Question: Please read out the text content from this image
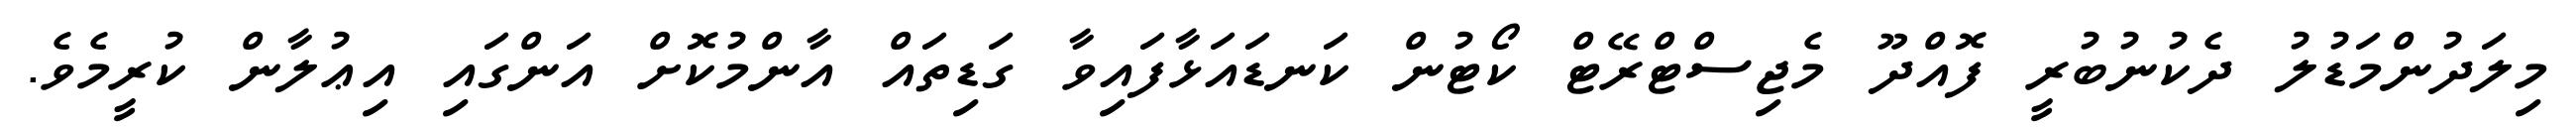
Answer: މިލަދުންމަޑުލު ދެކުނުބުރީ ފޮއްދޫ މެޖިސްޓްރޭޓް ކޯޓުން ކަނޑައަޅާފައިވާ ގަޑިތައް އާންމުކޮށް އަންގައި އިޢުލާން ކުރީމެވެ.